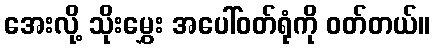
အေးလို့ သိုးမွှေး အပေါ်ဝတ်ရုံကို ဝတ်တယ်။